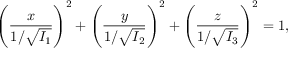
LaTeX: \left( { \frac { x } { 1 / { \sqrt { I _ { 1 } } } } } \right) ^ { 2 } + \left( { \frac { y } { 1 / { \sqrt { I _ { 2 } } } } } \right) ^ { 2 } + \left( { \frac { z } { 1 / { \sqrt { I _ { 3 } } } } } \right) ^ { 2 } = 1 ,